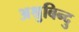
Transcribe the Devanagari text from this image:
अश्रुबिन्दु